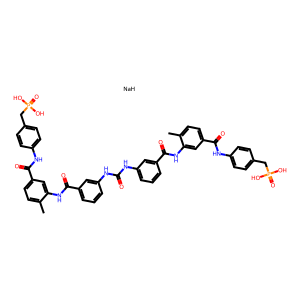
SMILES: Cc1ccc(C(=O)Nc2ccc(CP(=O)(O)O)cc2)cc1NC(=O)c1cccc(NC(=O)Nc2cccc(C(=O)Nc3cc(C(=O)Nc4ccc(CP(=O)(O)O)cc4)ccc3C)c2)c1.[NaH]
Inhibits HIV replication: Yes